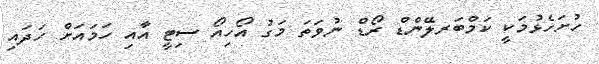
ހުށަހެޅުމަކީ ކަމްބަރލޭންޑް ރޯޑް ނުވަތަ މަގު އޯހިއޯ ސިޓީ އާއި ހަމައަށް ހަދައި